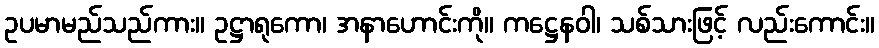
ဥပမာမည်သည်ကား။ ဥဋ္ဌာရုကော၊ အနာဟောင်းကို။ ကဋ္ဌေနဝါ၊ သစ်သားဖြင့် လည်းကောင်း။